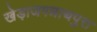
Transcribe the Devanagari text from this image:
खेड़ाजगन्नाथपुरा